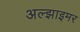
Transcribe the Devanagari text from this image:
अल्‍झाइमर